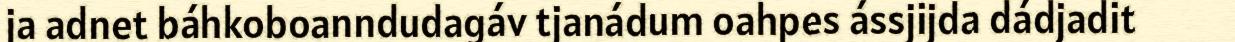
ja adnet báhkoboanndudagáv tjanádum oahpes ássjijda dádjadit